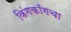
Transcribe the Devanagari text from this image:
किंगकाँगचा